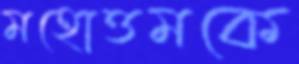
মহোত্তমকে